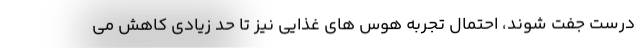
درست جفت شوند، احتمال تجربه هوس های غذایی نیز تا حد زیادی کاهش می